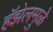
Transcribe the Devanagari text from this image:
हॅझेलमुळे